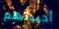
أحببتهم